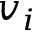
v _ { i }